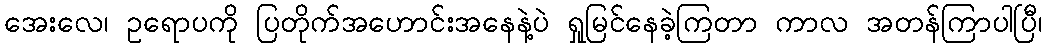
အေးလေ၊ ဥရောပကို ပြတိုက်အဟောင်းအနေနဲ့ပဲ ရှုမြင်နေခဲ့ကြတာ ကာလ အတန်ကြာပါပြီ၊